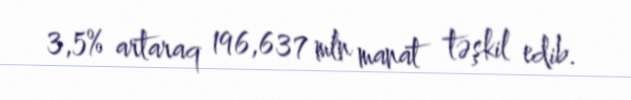
3,5% artaraq 196,637 mln manat təşkil edib.